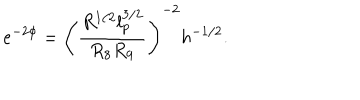
e ^ { - 2 \phi } = \left( \frac { R ^ { 1 / 2 } l _ { p } ^ { 3 / 2 } } { R _ { 8 } R _ { 9 } } \right) ^ { - 2 } h ^ { - 1 / 2 } .